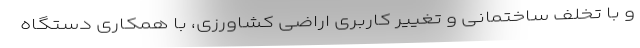
و با تخلف ساختمانی و تغییر کاربری اراضی کشاورزی، با همکاری دستگاه